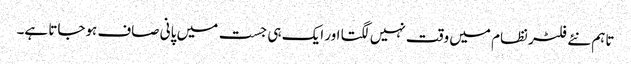
تاہم نئے فلٹر نظام میں وقت نہیں لگتا اور ایک ہی جست میں پانی صاف ہوجاتا ہے۔